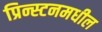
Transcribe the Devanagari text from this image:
प्रिन्स्टनमधील